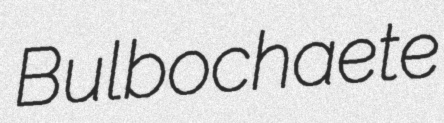
Bulbochaete